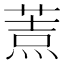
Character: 𦷓